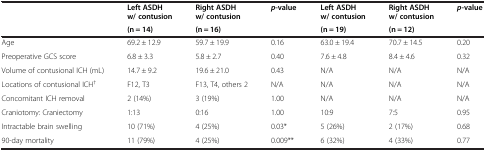
<table><thead><tr><td rowspan="2"><b> </b></td><td><b>Left ASDH w/ contusion</b></td><td><b>Right ASDH w/ contusion</b></td><td rowspan="2"><b><i>p</i>-value</b></td><td><b>Left ASDH w/ contusion</b></td><td><b>Right ASDH w/ contusion</b></td><td rowspan="2"><b><i>p</i>-value</b></td></tr><tr><td><b>(n = 14)</b></td><td><b>(n = 16)</b></td><td><b>(n = 19)</b></td><td><b>(n = 12)</b></td></tr></thead><tbody><tr><td>Age</td><td>69.2 ± 12.9</td><td>59.7 ± 19.9</td><td>0.16</td><td>63.0 ± 19.4</td><td>70.7 ± 14.5</td><td>0.20</td></tr><tr><td>Preoperative GCS score</td><td>6.8 ± 3.3</td><td>5.8 ± 2.7</td><td>0.40</td><td>7.6 ± 4.8</td><td>8.4 ± 4.6</td><td>0.32</td></tr><tr><td>Volume of contusional ICH (mL)</td><td>14.7 ± 9.2</td><td>19.6 ± 21.0</td><td>0.43</td><td>N/A</td><td>N/A</td><td>N/A</td></tr><tr><td>Locations of contusional ICH<sup>†</sup></td><td>F12, T3</td><td>F13, T4, others 2</td><td>N/A</td><td>N/A</td><td>N/A</td><td>N/A</td></tr><tr><td>Concomitant ICH removal</td><td>2 (14%)</td><td>3 (19%)</td><td>1.00</td><td>N/A</td><td>N/A</td><td>N/A</td></tr><tr><td>Craniotomy: Craniectomy</td><td>1:13</td><td>0:16</td><td>1.00</td><td>10:9</td><td>7:5</td><td>0.95</td></tr><tr><td>Intractable brain swelling</td><td>10 (71%)</td><td>4 (25%)</td><td>0.03*</td><td>5 (26%)</td><td>2 (17%)</td><td>0.68</td></tr><tr><td>90-day mortality</td><td>11 (79%)</td><td>4 (25%)</td><td>0.009**</td><td>6 (32%)</td><td>4 (33%)</td><td>0.77</td></tr></tbody></table>